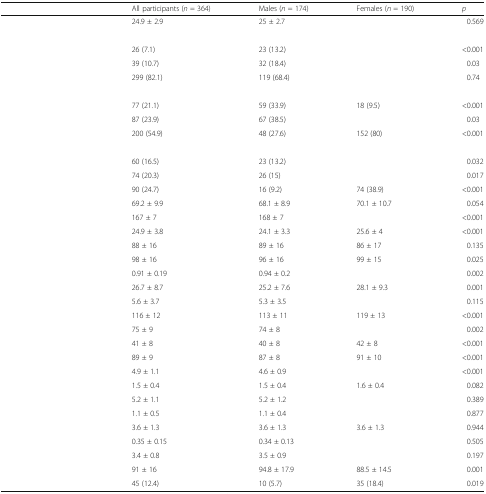
<table><thead><tr><td>[EMPTY_CELL]</td><td><b>All participants (<i>n</i> = 364)</b></td><td><b>Males (<i>n</i> = 174)</b></td><td><b>Females (<i>n</i> = 190)</b></td><td><b><i>p</i></b></td></tr></thead><tbody><tr><td>[EMPTY_CELL]</td><td>24.9 ± 2.9</td><td>25 ± 2.7</td><td>[EMPTY_CELL]</td><td>0.569</td></tr><tr><td colspan="5">[EMPTY_CELL]</td></tr><tr><td>[EMPTY_CELL]</td><td>26 (7.1)</td><td>23 (13.2)</td><td>[EMPTY_CELL]</td><td>&lt;0.001</td></tr><tr><td>[EMPTY_CELL]</td><td>39 (10.7)</td><td>32 (18.4)</td><td>[EMPTY_CELL]</td><td>0.03</td></tr><tr><td>[EMPTY_CELL]</td><td>299 (82.1)</td><td>119 (68.4)</td><td>[EMPTY_CELL]</td><td>0.74</td></tr><tr><td colspan="5">[EMPTY_CELL]</td></tr><tr><td>[EMPTY_CELL]</td><td>77 (21.1)</td><td>59 (33.9)</td><td>18 (9.5)</td><td>&lt;0.001</td></tr><tr><td>[EMPTY_CELL]</td><td>87 (23.9)</td><td>67 (38.5)</td><td>[EMPTY_CELL]</td><td>0.03</td></tr><tr><td>[EMPTY_CELL]</td><td>200 (54.9)</td><td>48 (27.6)</td><td>152 (80)</td><td>&lt;0.001</td></tr><tr><td colspan="5">[EMPTY_CELL]</td></tr><tr><td>[EMPTY_CELL]</td><td>60 (16.5)</td><td>23 (13.2)</td><td>[EMPTY_CELL]</td><td>0.032</td></tr><tr><td>[EMPTY_CELL]</td><td>74 (20.3)</td><td>26 (15)</td><td>[EMPTY_CELL]</td><td>0.017</td></tr><tr><td>[EMPTY_CELL]</td><td>90 (24.7)</td><td>16 (9.2)</td><td>74 (38.9)</td><td>&lt;0.001</td></tr><tr><td>[EMPTY_CELL]</td><td>69.2 ± 9.9</td><td>68.1 ± 8.9</td><td>70.1 ± 10.7</td><td>0.054</td></tr><tr><td>[EMPTY_CELL]</td><td>167 ± 7</td><td>168 ± 7</td><td>[EMPTY_CELL]</td><td>&lt;0.001</td></tr><tr><td>[EMPTY_CELL]</td><td>24.9 ± 3.8</td><td>24.1 ± 3.3</td><td>25.6 ± 4</td><td>&lt;0.001</td></tr><tr><td>[EMPTY_CELL]</td><td>88 ± 16</td><td>89 ± 16</td><td>86 ± 17</td><td>0.135</td></tr><tr><td>[EMPTY_CELL]</td><td>98 ± 16</td><td>96 ± 16</td><td>99 ± 15</td><td>0.025</td></tr><tr><td>[EMPTY_CELL]</td><td>0.91 ± 0.19</td><td>0.94 ± 0.2</td><td>[EMPTY_CELL]</td><td>0.002</td></tr><tr><td>[EMPTY_CELL]</td><td>26.7 ± 8.7</td><td>25.2 ± 7.6</td><td>28.1 ± 9.3</td><td>0.001</td></tr><tr><td>[EMPTY_CELL]</td><td>5.6 ± 3.7</td><td>5.3 ± 3.5</td><td>[EMPTY_CELL]</td><td>0.115</td></tr><tr><td>[EMPTY_CELL]</td><td>116 ± 12</td><td>113 ± 11</td><td>119 ± 13</td><td>&lt;0.001</td></tr><tr><td>[EMPTY_CELL]</td><td>75 ± 9</td><td>74 ± 8</td><td>[EMPTY_CELL]</td><td>0.002</td></tr><tr><td>[EMPTY_CELL]</td><td>41 ± 8</td><td>40 ± 8</td><td>42 ± 8</td><td>&lt;0.001</td></tr><tr><td>[EMPTY_CELL]</td><td>89 ± 9</td><td>87 ± 8</td><td>91 ± 10</td><td>&lt;0.001</td></tr><tr><td>[EMPTY_CELL]</td><td>4.9 ± 1.1</td><td>4.6 ± 0.9</td><td>[EMPTY_CELL]</td><td>&lt;0.001</td></tr><tr><td>[EMPTY_CELL]</td><td>1.5 ± 0.4</td><td>1.5 ± 0.4</td><td>1.6 ± 0.4</td><td>0.082</td></tr><tr><td>[EMPTY_CELL]</td><td>5.2 ± 1.1</td><td>5.2 ± 1.2</td><td>[EMPTY_CELL]</td><td>0.389</td></tr><tr><td>[EMPTY_CELL]</td><td>1.1 ± 0.5</td><td>1.1 ± 0.4</td><td>[EMPTY_CELL]</td><td>0.877</td></tr><tr><td>[EMPTY_CELL]</td><td>3.6 ± 1.3</td><td>3.6 ± 1.3</td><td>3.6 ± 1.3</td><td>0.944</td></tr><tr><td>[EMPTY_CELL]</td><td>0.35 ± 0.15</td><td>0.34 ± 0.13</td><td>[EMPTY_CELL]</td><td>0.505</td></tr><tr><td>[EMPTY_CELL]</td><td>3.4 ± 0.8</td><td>3.5 ± 0.9</td><td>[EMPTY_CELL]</td><td>0.197</td></tr><tr><td>[EMPTY_CELL]</td><td>91 ± 16</td><td>94.8 ± 17.9</td><td>88.5 ± 14.5</td><td>0.001</td></tr><tr><td>[EMPTY_CELL]</td><td>45 (12.4)</td><td>10 (5.7)</td><td>35 (18.4)</td><td>0.019</td></tr></tbody></table>